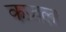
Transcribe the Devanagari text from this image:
कज़ल